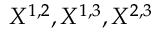
\cal X ^ { 1 , 2 } , \cal X ^ { 1 , 3 } , \cal X ^ { 2 , 3 }